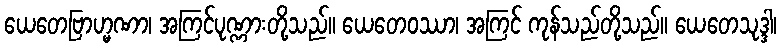
ယေတေဗြာဟ္မဏာ၊ အကြင်ပုဏ္ဏားတို့သည်။ ယေတေဝဿာ၊ အကြင် ကုန်သည်တို့သည်။ ယေတေသုဒ္ဒါ၊